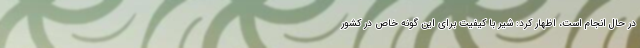
در حال انجام است، اظهار کرد: شیر با کیفیت برای این گونه خاص در کشور